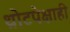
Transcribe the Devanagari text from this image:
थ्रोटपेक्षाही